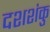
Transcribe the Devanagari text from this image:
दशशंकु